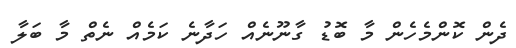
ދެން ކޮންމެހެން މާ ބޮޑު ގާނޫނެއް ހަދާނެ ކަމެއް ނެތް މާ ބަލާ